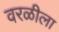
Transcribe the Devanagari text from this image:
वरळीला